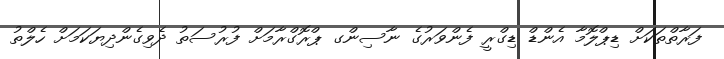
ފަރާތްތަކަށް ޑިޕްލޮމާ އެންޑް ޑިގްރީ ފެންވަރުގެ ނާސިންގ ޕްރޮގްރާމަށް ފުރުސަތު ދެވިގެންދިޔަކަމަށް ހެލްތު